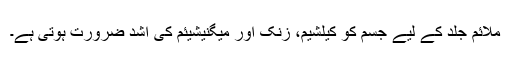
ملائم جلد کے لیے جسم کو کیلشیم، زنک اور میگنیشیئم کی اشد ضرورت ہوتی ہے۔